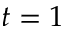
t = 1